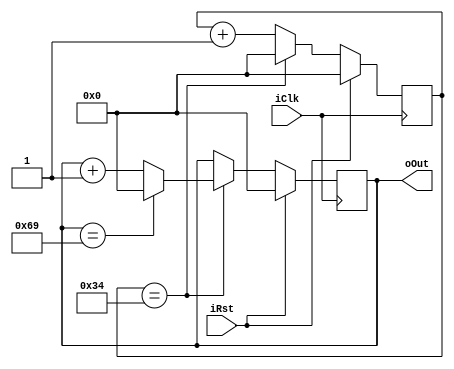
module Counter (
   
 input iClk,
 input iRst,
 output reg [6:0] oOut   
 );
  
reg [6:0] count; 
always @(posedge iClk)
begin
    if (iRst) begin
      oOut <= 7'd0 ;
      count <= 7'd0;
    end 
    else  begin
      count <= count + 1'b1;
      if (count == 7'd52) begin
        count <= 7'd0;
		if (oOut == 7'd105)  oOut <= 7'd0 ;
        else oOut <= oOut + 1'b1;
      end
    end 
end
endmodule